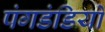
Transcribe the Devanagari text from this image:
पंगडंडियों